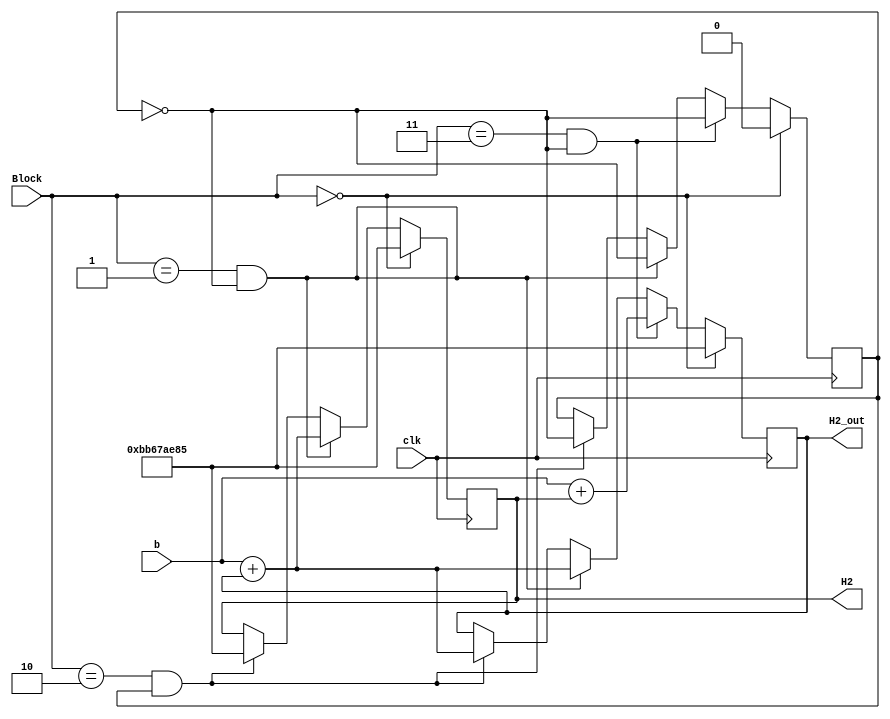
`timescale 1ns / 1ps
//////////////////////////////////////////////////////////////////////////////////
// Company: 
// Engineer: 
// 
// Design Name: 
// Module Name:    H2 
// Project Name: 
// Target Devices: 
// Tool versions: 
// Description: 
//
// Dependencies: 
//
// Revision: 
// Revision 0.01 - File Created
// Additional Comments: 
//
//////////////////////////////////////////////////////////////////////////////////

module H2(input [1:0] Block, input clk, input [31:0] b, output reg [31:0] H2_out, H2 );


reg source; 
initial
begin
H2_out =32'hbb67ae85;
H2 = 32'hbb67ae85;
end

always @ (posedge clk)
begin
	
	if (Block == 0)			//initial block, reading default values
		begin
			H2_out <=32'hbb67ae85;
			H2<=32'hbb67ae85;
			source <=0;
		end
	else
		begin
		if(Block ==1 && source == 0)
			begin
			H2_out <=b + H2_out;
			H2<=b + H2_out;
			source <=~source;
			end
		else
		if(Block ==2 && source ==1)
				begin
					H2_out <=b + H2_out;
					H2<=32'hbb67ae85;
					source <=~source;
				end
				if(Block ==3 && source ==0)
				begin
					H2_out <=b + H2;
					source <=~source;
				end
		end
		
end

endmodule